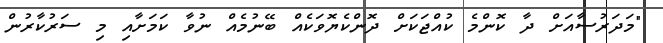
"މަދަރުސާއަށް ދާ ކޮންމެ ކުއްޖަކަށް ދޮންކެޔޮވަކެއް ބޭނުމެއް ނުވާ ކަމަށާއި މި ސަރުކާރުން